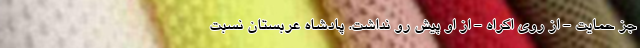
جز حمایت - از روی اکراه - از او پیش رو نداشت. پادشاه عربستان نسبت